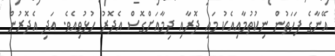
އޭނާގެ ފަހަތުން ނިކުތުމާއިއެކު މައި ދޮރާއި ދިމާއަށްގޮސް އެދޮރު ހުޅުވިއެވެ. އަދި އެދޮރުން